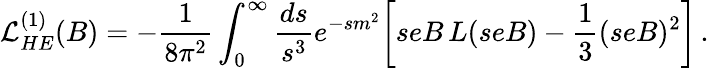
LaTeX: {\cal L}_{HE}^{(1)}(B)=-{\frac{1}{8\pi^{2}}}\int_{0}^{\infty}{\frac{ds}{s^{3}}}e^{-sm^{2}}\biggl[seB\, L(seB)-{\frac{1}{3}}(seB)^{2}\biggr]\, .